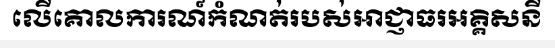
លើគោលការណ៍កំណត់របស់អាជ្ញាធរអគ្គិសនី